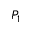
P _ { 1 }